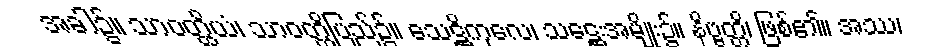
အခါ၌။ သာဝတ္ထိယံ၊ သာဝတ္ထိပြည်၌။ သေဋ္ဌိကုလေ၊ သဋ္ဌေးအမျိုး၌။ နိဗ္ဗတ္တိ၊ ဖြစ်၏။ အဿ၊